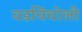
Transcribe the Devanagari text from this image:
वडचिंचोली